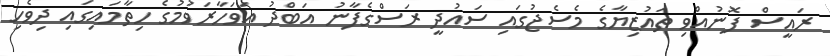
ރައީސް ފޮނުއްވި ތައުޒިޔާގެ މެސެޖުގައި ސައުދީ ރަސްގެފާނު އަބްދު އަވަހާރަވުމުގެ ހިތާމައިގައި ދިވެހި